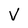
Character: v